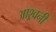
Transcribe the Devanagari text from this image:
आश्र्वनी